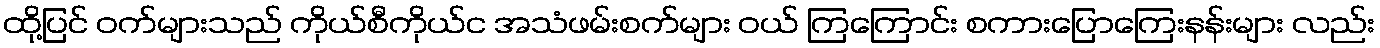
ထို့ပြင် ဝက်များသည် ကိုယ်စီကိုယ်င အသံဖမ်းစက်များ ဝယ် ကြကြောင်း စကားပြောကြေးနန်းများ လည်း